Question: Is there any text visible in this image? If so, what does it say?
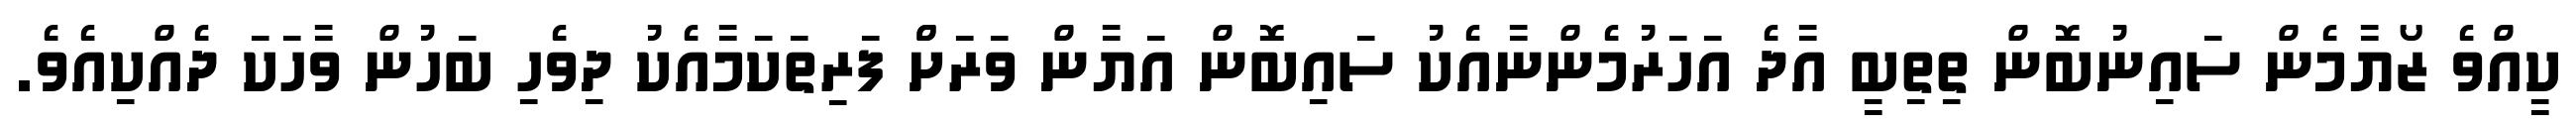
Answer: ކީއްވެ ޒޯޔާމެން ސައިނުބޮން ތިތިބީ އާދެ އަހަރުމެންނާއެކު ސައިބޮން އަޔާން ވަރަށްް ފަރިތަކަމާއެކު ދިވެހި ބަހުން ވާހަކަ ދެއްކިއެވެ.